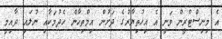
އެ މިނިސްޓްރީން ވަނީ އެ އިހުތިޔާރުގެ ދަށުން އިމްތިހާން ހެދުމަކާއި ނުލައި ދާއިމީ